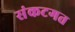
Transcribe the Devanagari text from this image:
संकटगत